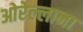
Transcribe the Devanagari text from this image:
ओरेल्लाना